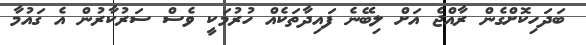
ބަދަހިކޮށްގެން ރާއްޖެ އަށް ލިބޭނެ ފައިދާތަކެއް ހުރުމަކީ ވެސް ސަރުކާރުން އެ ގައުމާ